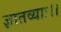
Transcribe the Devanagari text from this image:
ज्ञातव्याः।।